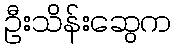
ဦးသိန်းဆွေက